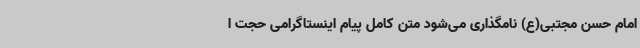
امام حسن مجتبی(ع) نامگذاری می‌شود متن کامل پیام اینستاگرامی حجت ا